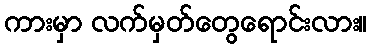
ကားမှာ လက်မှတ်တွေရောင်းလား။